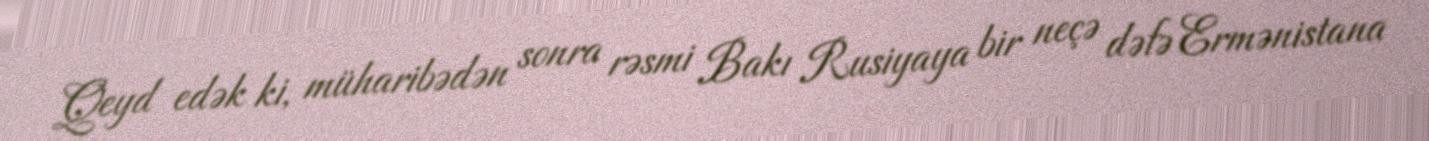
Qeyd edək ki, müharibədən sonra rəsmi Bakı Rusiyaya bir neçə dəfə Ermənistana